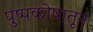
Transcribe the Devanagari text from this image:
पुष्पकोषातून